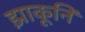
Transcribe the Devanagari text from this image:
झाकूनि